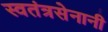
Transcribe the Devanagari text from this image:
स्वतंत्रसेनानी